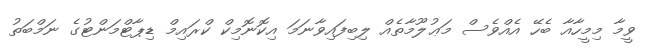
ވީމާ މިމީހާއާ ބެހޭ އެއްވެސް މަޢުލޫމާތެއް ލިބިފައިވާނަމަ އިކޮނޮމިކް ކްރައިމް ޑިޕާޓްމަންޓުގެ ނަމްބަތު